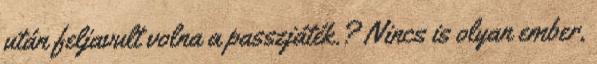
után feljavult volna a passzjáték.? Nincs is olyan ember,